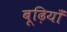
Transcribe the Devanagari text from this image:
बूढ़ियाँ